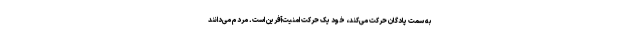
به سمت پادگان حرکت می‌کند، خود یک حرکت امنیت‌آفرین است. مردم می‌دانند